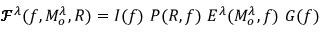
\pmb { \mathcal { F } } ^ { \lambda } ( f , M _ { o } ^ { \lambda } , R ) = I ( f ) ~ P ( R , f ) ~ E ^ { \lambda } ( M _ { o } ^ { \lambda } , f ) ~ G ( f )